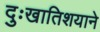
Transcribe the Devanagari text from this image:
दुःखातिशयाने